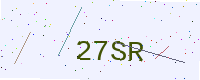
Text: 27SR